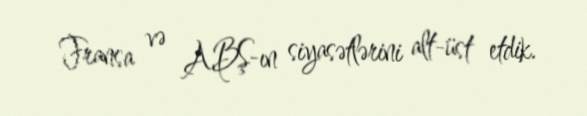
Fransa və ABŞ-ın siyasətlərini alt-üst etdik.